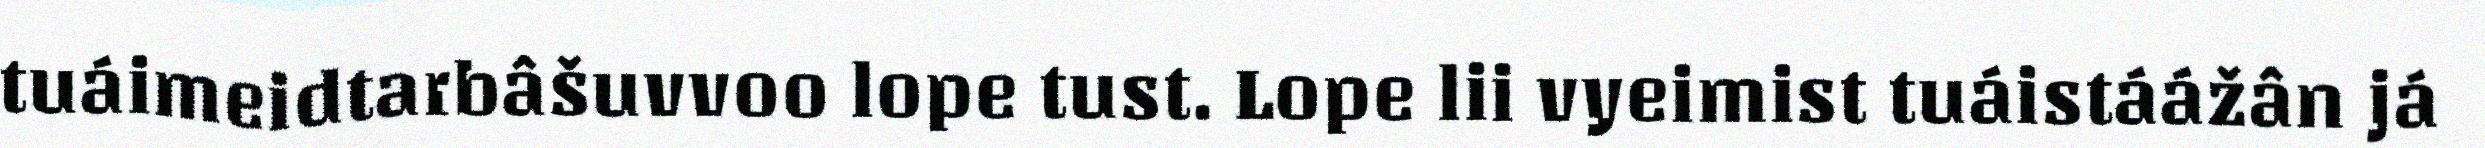
tuáimeidtarbâšuvvoo lope tust. Lope lii vyeimist tuáistáážân já